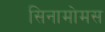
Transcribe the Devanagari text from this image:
सिनामोमस